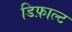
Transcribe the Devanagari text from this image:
डिफ़ाल्ट